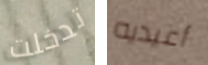
تدخلت أعيديه